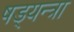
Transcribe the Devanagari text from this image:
षड्यन्त्रा